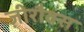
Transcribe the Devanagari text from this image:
ज़ीरौक्स